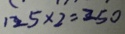
1 2 5 \times 2 = 2 5 0